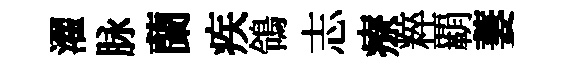
濯脉蘭疾鴒志療粹覇萋